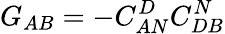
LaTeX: G_{AB}=-C_{AN}^{D}C_{DB}^{N}